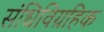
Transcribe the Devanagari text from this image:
संधिविग्रहिक